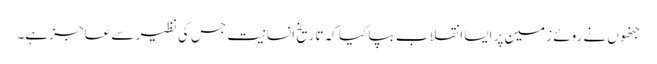
جنھوں نے روئے زمین پر ایسا انقلاب بپا کیا کہ تاریخ انسانیت جس کی نظیر سے عاجز ہے۔